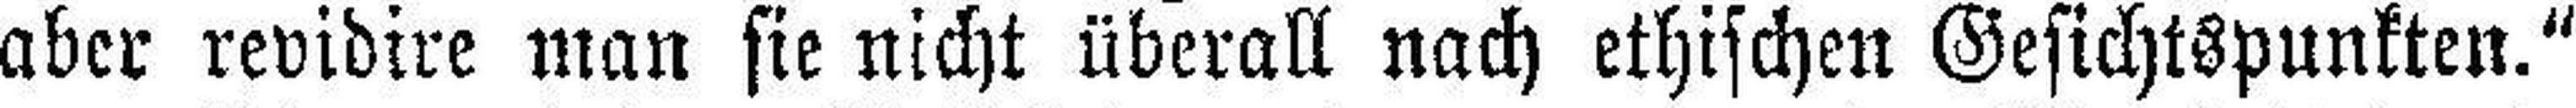
aber revidire man sie nicht überall nach ethischen Gesichtspunkten.“